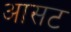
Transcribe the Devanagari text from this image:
आसट